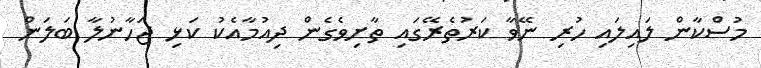
މުސްކާން ލައިލައި ހުރި ނޭވާ ކަރުތެރޭގައި ތާށިވެގެން ދިއުމާއެކު ކަޅި ޖަހާނުލާ ބަލަން